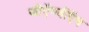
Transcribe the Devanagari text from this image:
जीऍमबीऍच